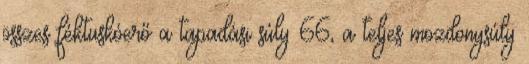
összes féktuskóerő a tapadási súly 66, a teljes mozdonysúly